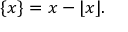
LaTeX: \{ x \} = x - \lfloor x \rfloor .